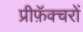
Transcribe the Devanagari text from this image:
प्रीफ़ॅक्चरों